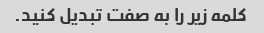
کلمه زیر را به صفت تبدیل کنید.